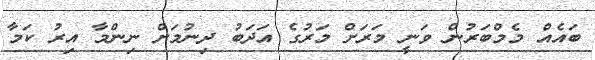
ބައެއް މެމްބަރުން ވަނީ މަރަށް މަރުގެ އަދަބު ދިނުމަށް ނިންމާ އިރު ކަމާ